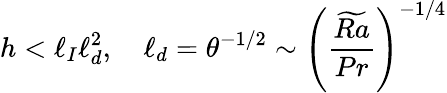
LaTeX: h<\ell_{I}\ell_{d}^{2},\quad\ell_{d}=\theta^{-1/2}\sim\left(\frac{\widetilde{Ra}}{Pr}\right)^{-1/4}